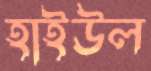
হাইউল